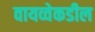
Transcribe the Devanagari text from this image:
वायव्वेकडील